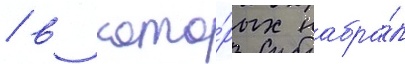
/ в кото́рых набра́л